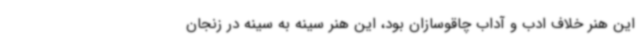
این هنر خلاف ادب و آداب چاقوسازان بود، این هنر سینه‌ به سینه در زنجان